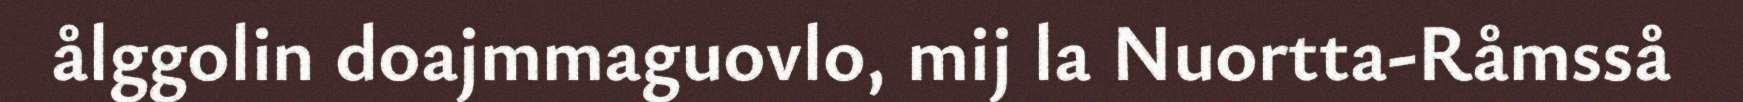
ålggolin doajmmaguovlo, mij la Nuortta-Råmsså